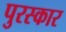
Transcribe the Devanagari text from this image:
पुरस्कार